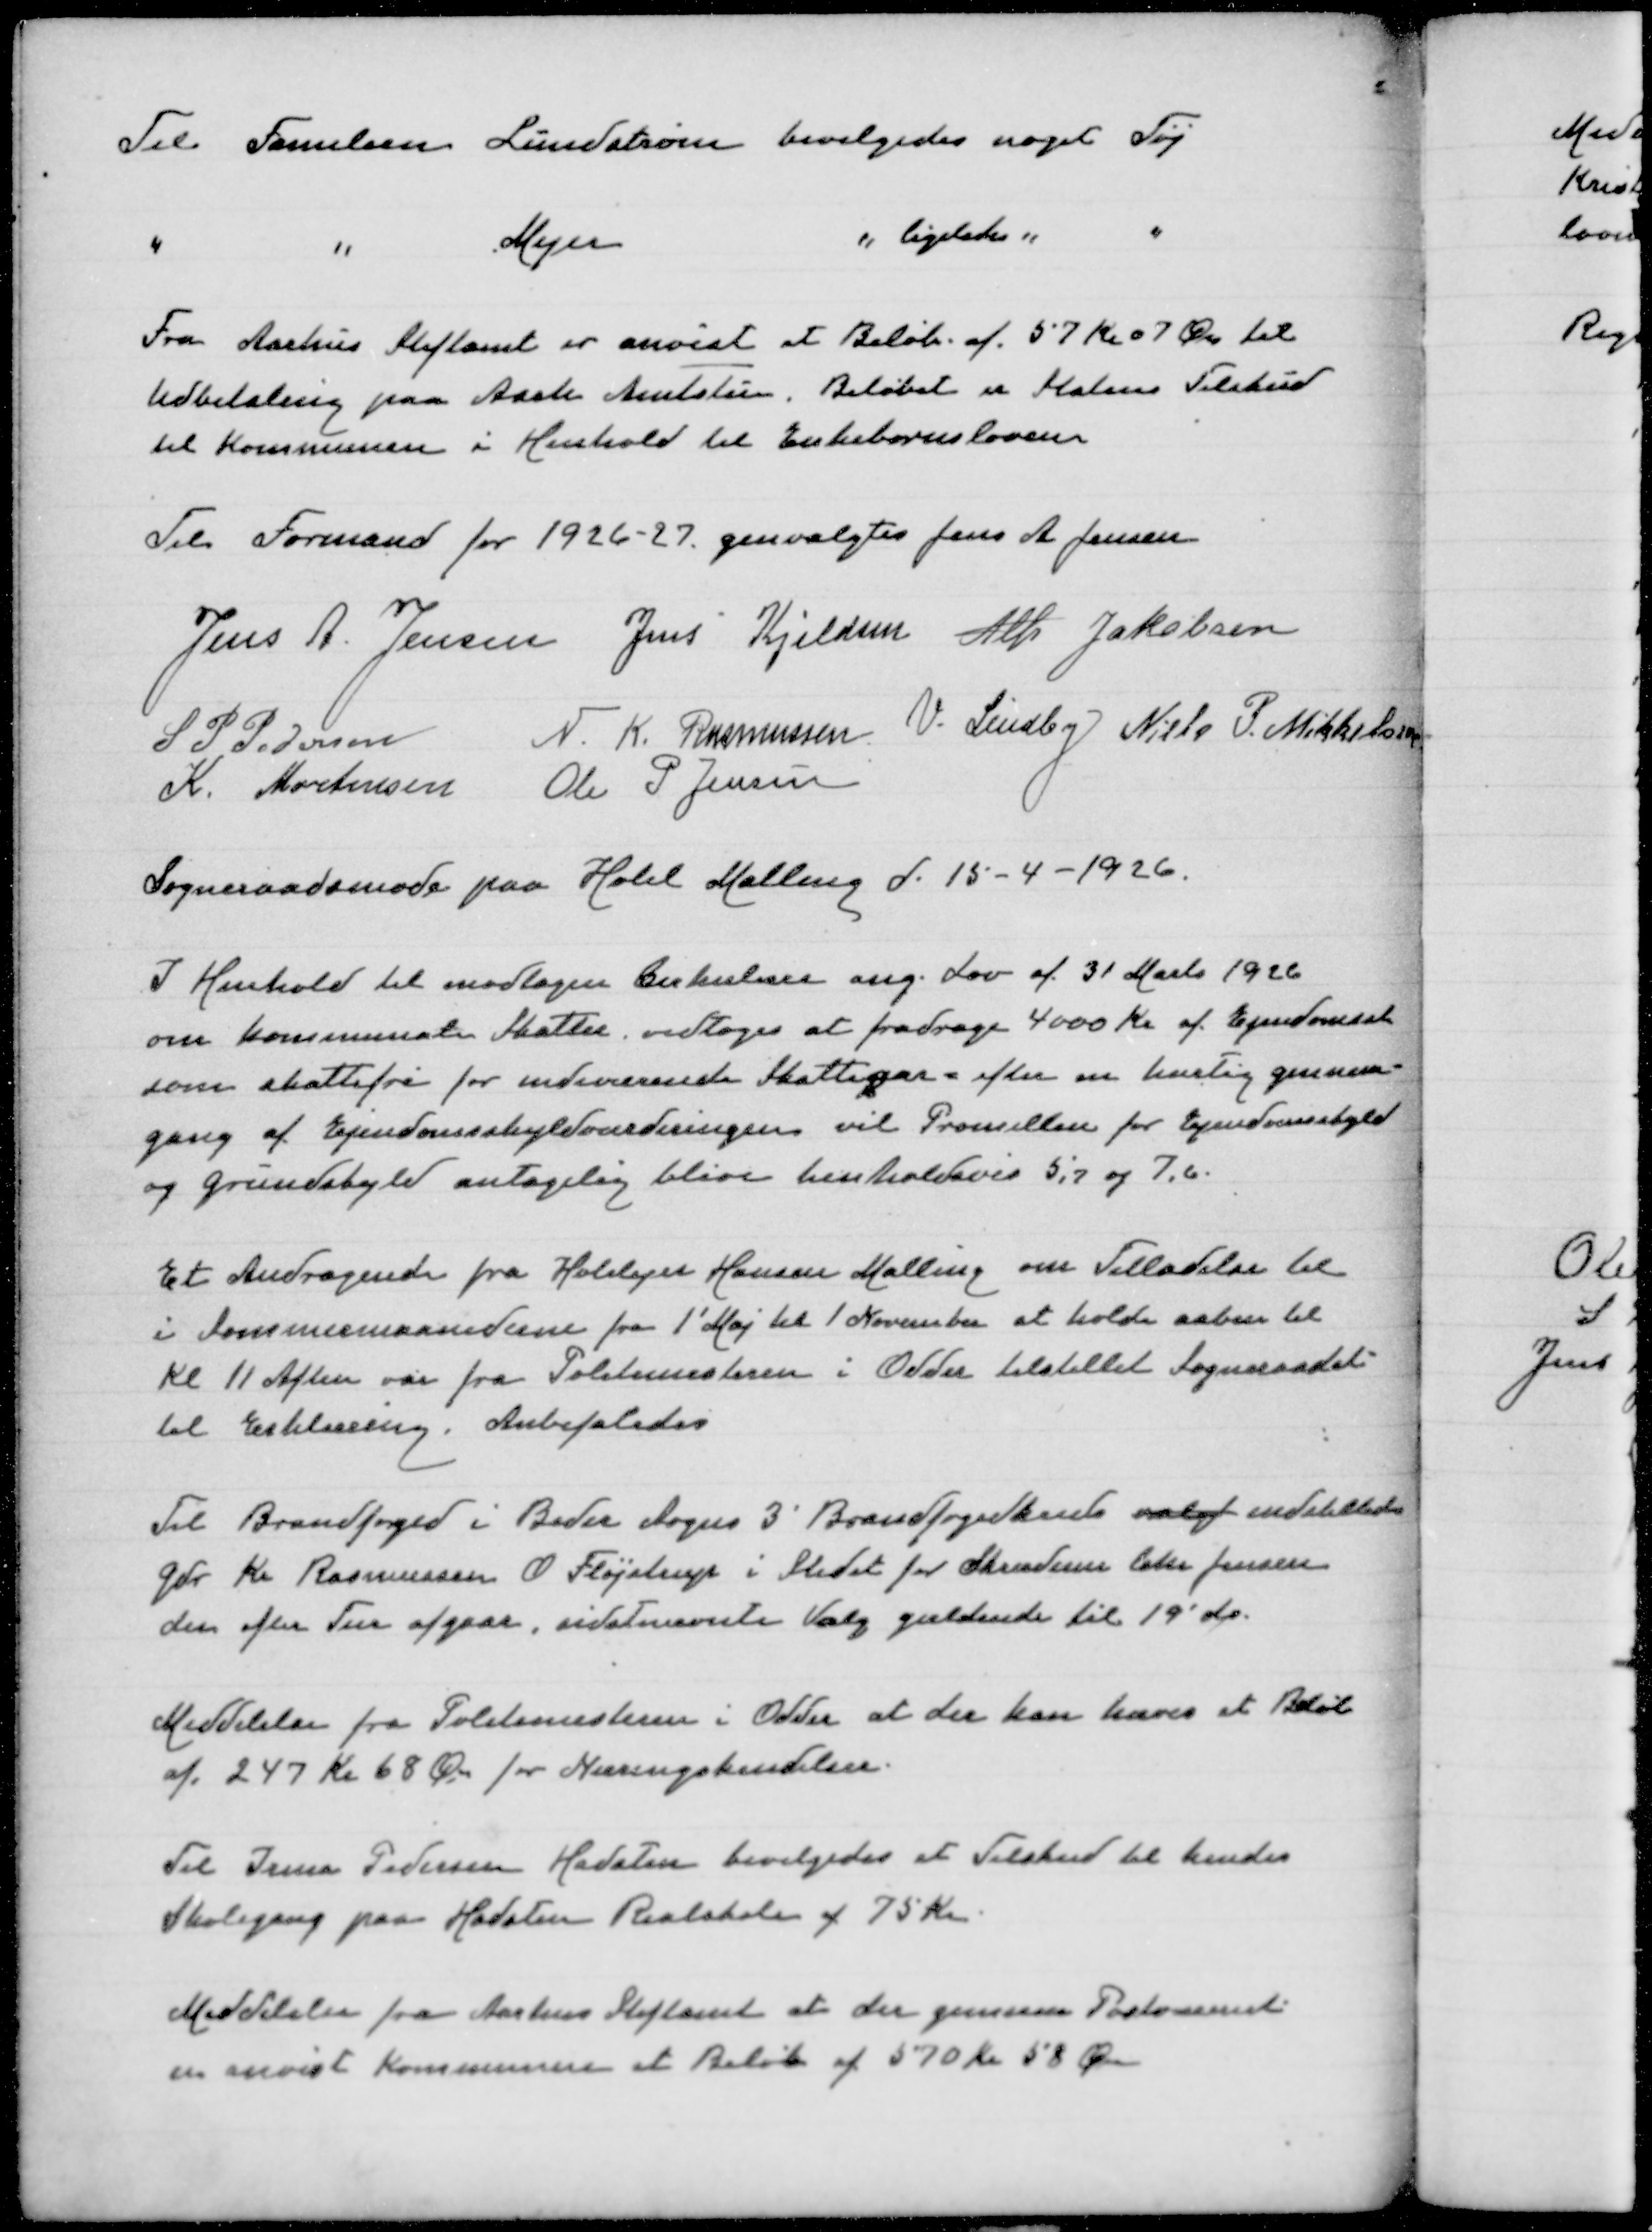
Transskription:
Til Familien Lundstrøm bevilgedes noget Tøj

" " Mejer " ligeledes " "

Fra Aarhus Stiftamt er anvist et Beløb af 57 Kr 07 Øre til
Udbetaling paa Aarh Amtstue. Beløbet er Statens Tilskud
til Kommunen i Henhold til Enkebarnsloven

Til Formand for 1926-27 genvalgtes Jens A Jensen

Jens A Jensen
Jens Kjeldsen
Alfr Jakobsen
S P Pedersen
N K Rasmussen
V Lindby
Niels P Mikkelsen
K Mortensen
Ole P Jensen

Sogneraadsmøde paa Hotel Malling d 15-4-1926

I Henhold til vedtagen Cirkulære ang Lov af 31 Marts 1926
om Kommunale Skatter vedtoges at fradrage 4000 Kr af Ejendomssk
som skattefri for indeværende Skatteaar = efter en hurtig gennem-
gang af Ejendomsskyldordningen vil Promillen for Ejendomsskyld
og Grundskyld antagelig blive henholdsvis 5,7 og 7,6

Et Andragende fra Hotelejer Hansen Malling om Tilladelse til
i Sommermaanederne fra 1' Maj til 1 November at holde aaben til
Kl 11 Aften var fra Politimesteren i Odder tilstillet Sogneraadet
til Erklæring. Anbefaledes

Til Brandfoged i Beder Sogns 3' Brandfogedkreds valgt indstilledes
Gdr Kr Rasmussen O Fløjstrup i Stedet for Skræderm Chr Jensen
der efter Tur afgaar, sidstnævnte Valg gældende til 19' ds

Meddelelse fra Politimesteren i Odder at der kan hæves et Beløb
af 247 Kr 68 Øre for Næringskendelser

Til Irma Pedersen Hadsten bevilgedes et Tilskud til hendes
Skolegang paa Hadsten Realskole af 75 Kr

Meddelelse fra Aarhus Stiftamt at der gennem Postvæsenet
er anvist Kommunen et Beløb af 570 Kr 58 Øre